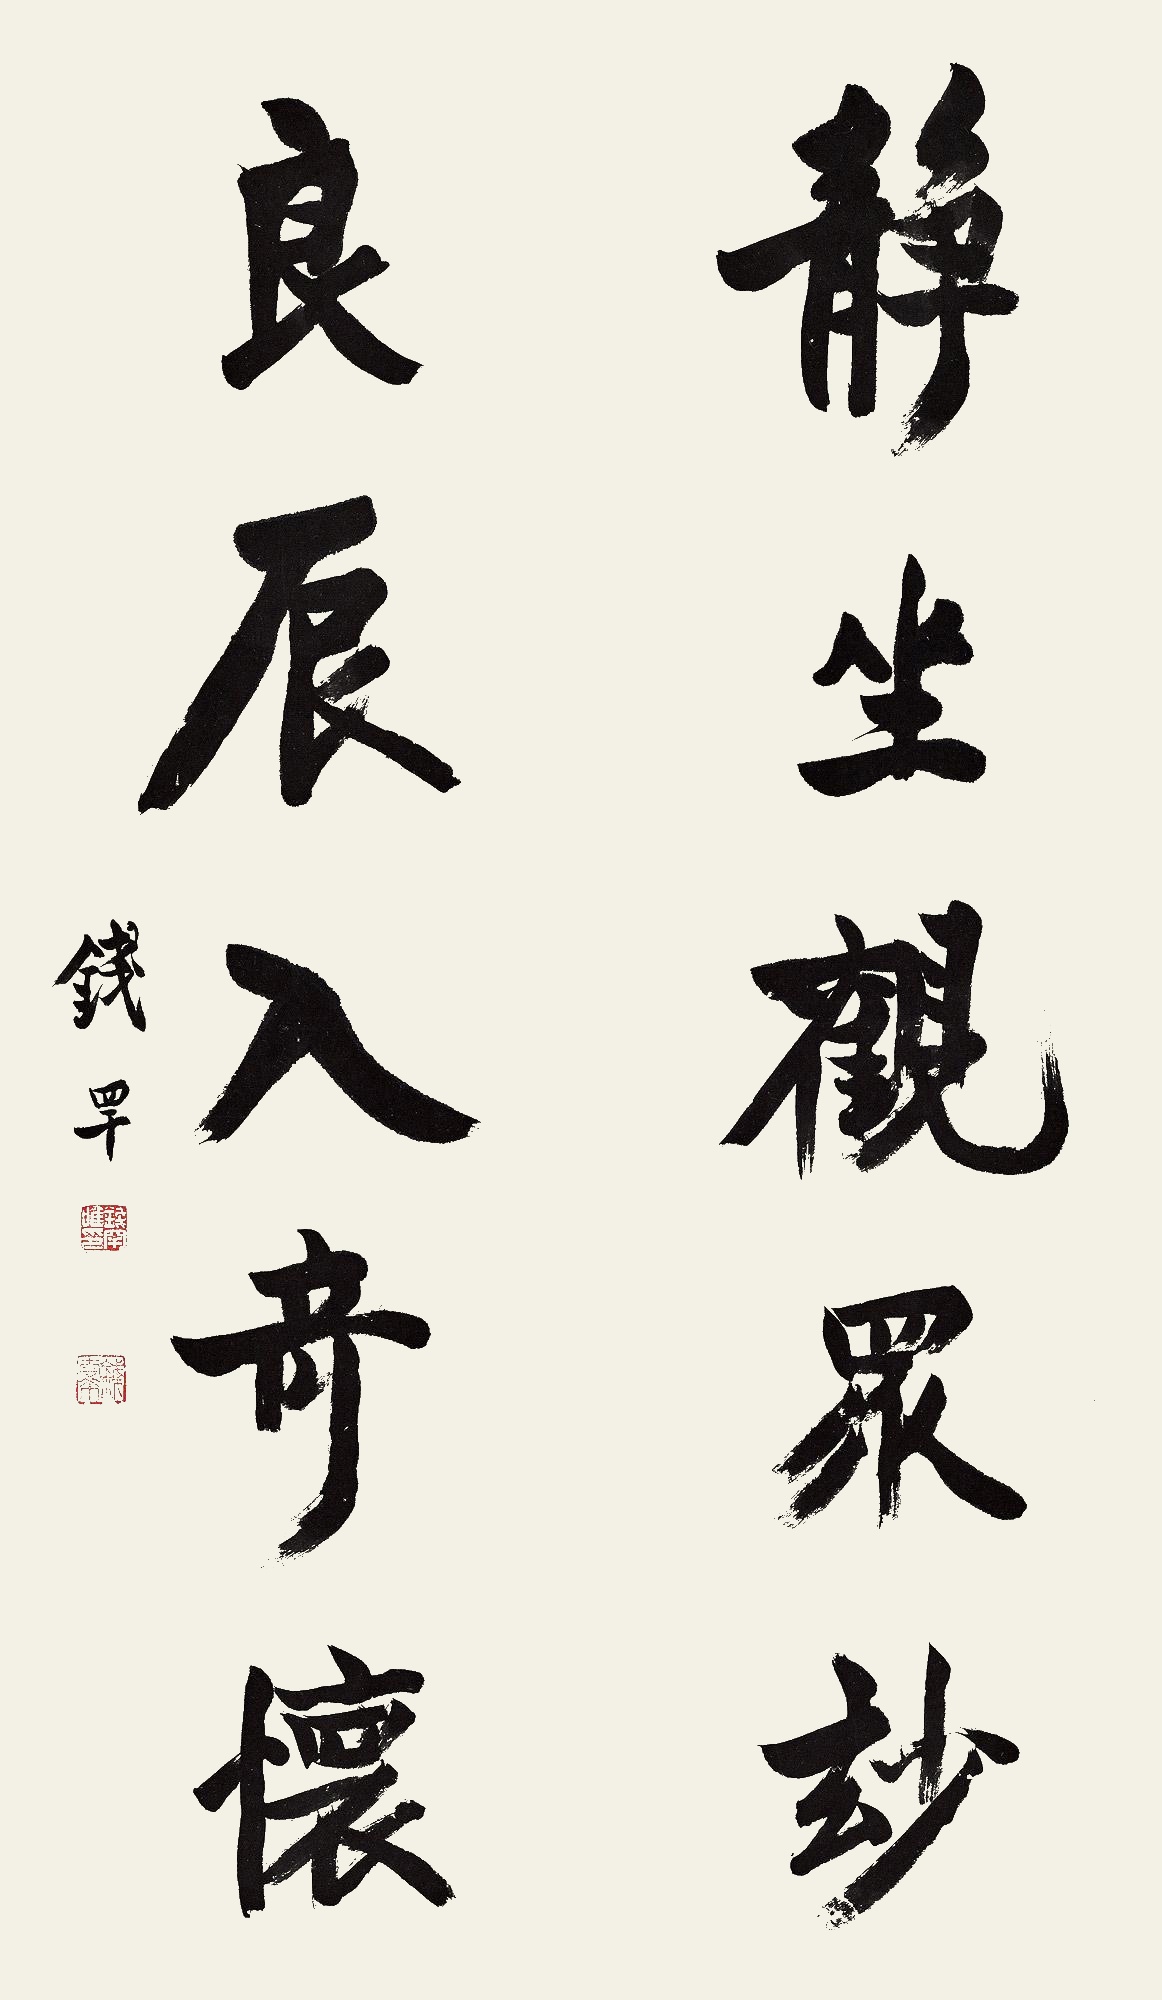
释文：静坐观众妙，良辰入奇怀。钱罕。